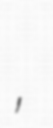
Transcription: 陽子,